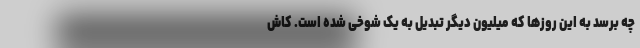
چه برسد به این روزها که میلیون دیگر تبدیل به یک شوخی شده است. کاش